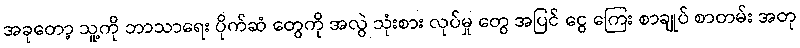
အခုတော့ သူ့ကို ဘာသာရေး ပိုက်ဆံ တွေကို အလွဲ သုံးစား လုပ်မှု တွေ အပြင် ငွေ ကြေး စာချုပ် စာတမ်း အတု